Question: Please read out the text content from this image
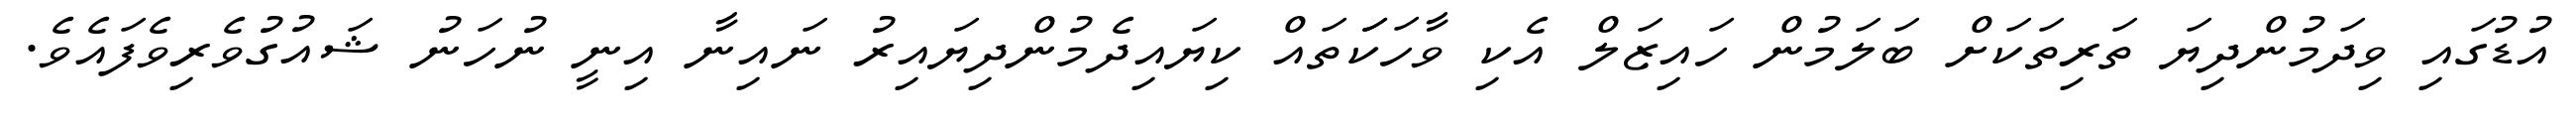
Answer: އުޑުގައި ވިދަމުންދިޔަ ތަރިތަކަށް ބަލަމުން ހައިޒަލް އެކި ވާހަކަަތައް ކިޔައިދެމުންދިޔައިރު ނައިނާ އިނީ ނުހަނު ޝައުގުވެރިވެފައެވެ.